V__Kingissepa_nim__kolhoos, lk 59
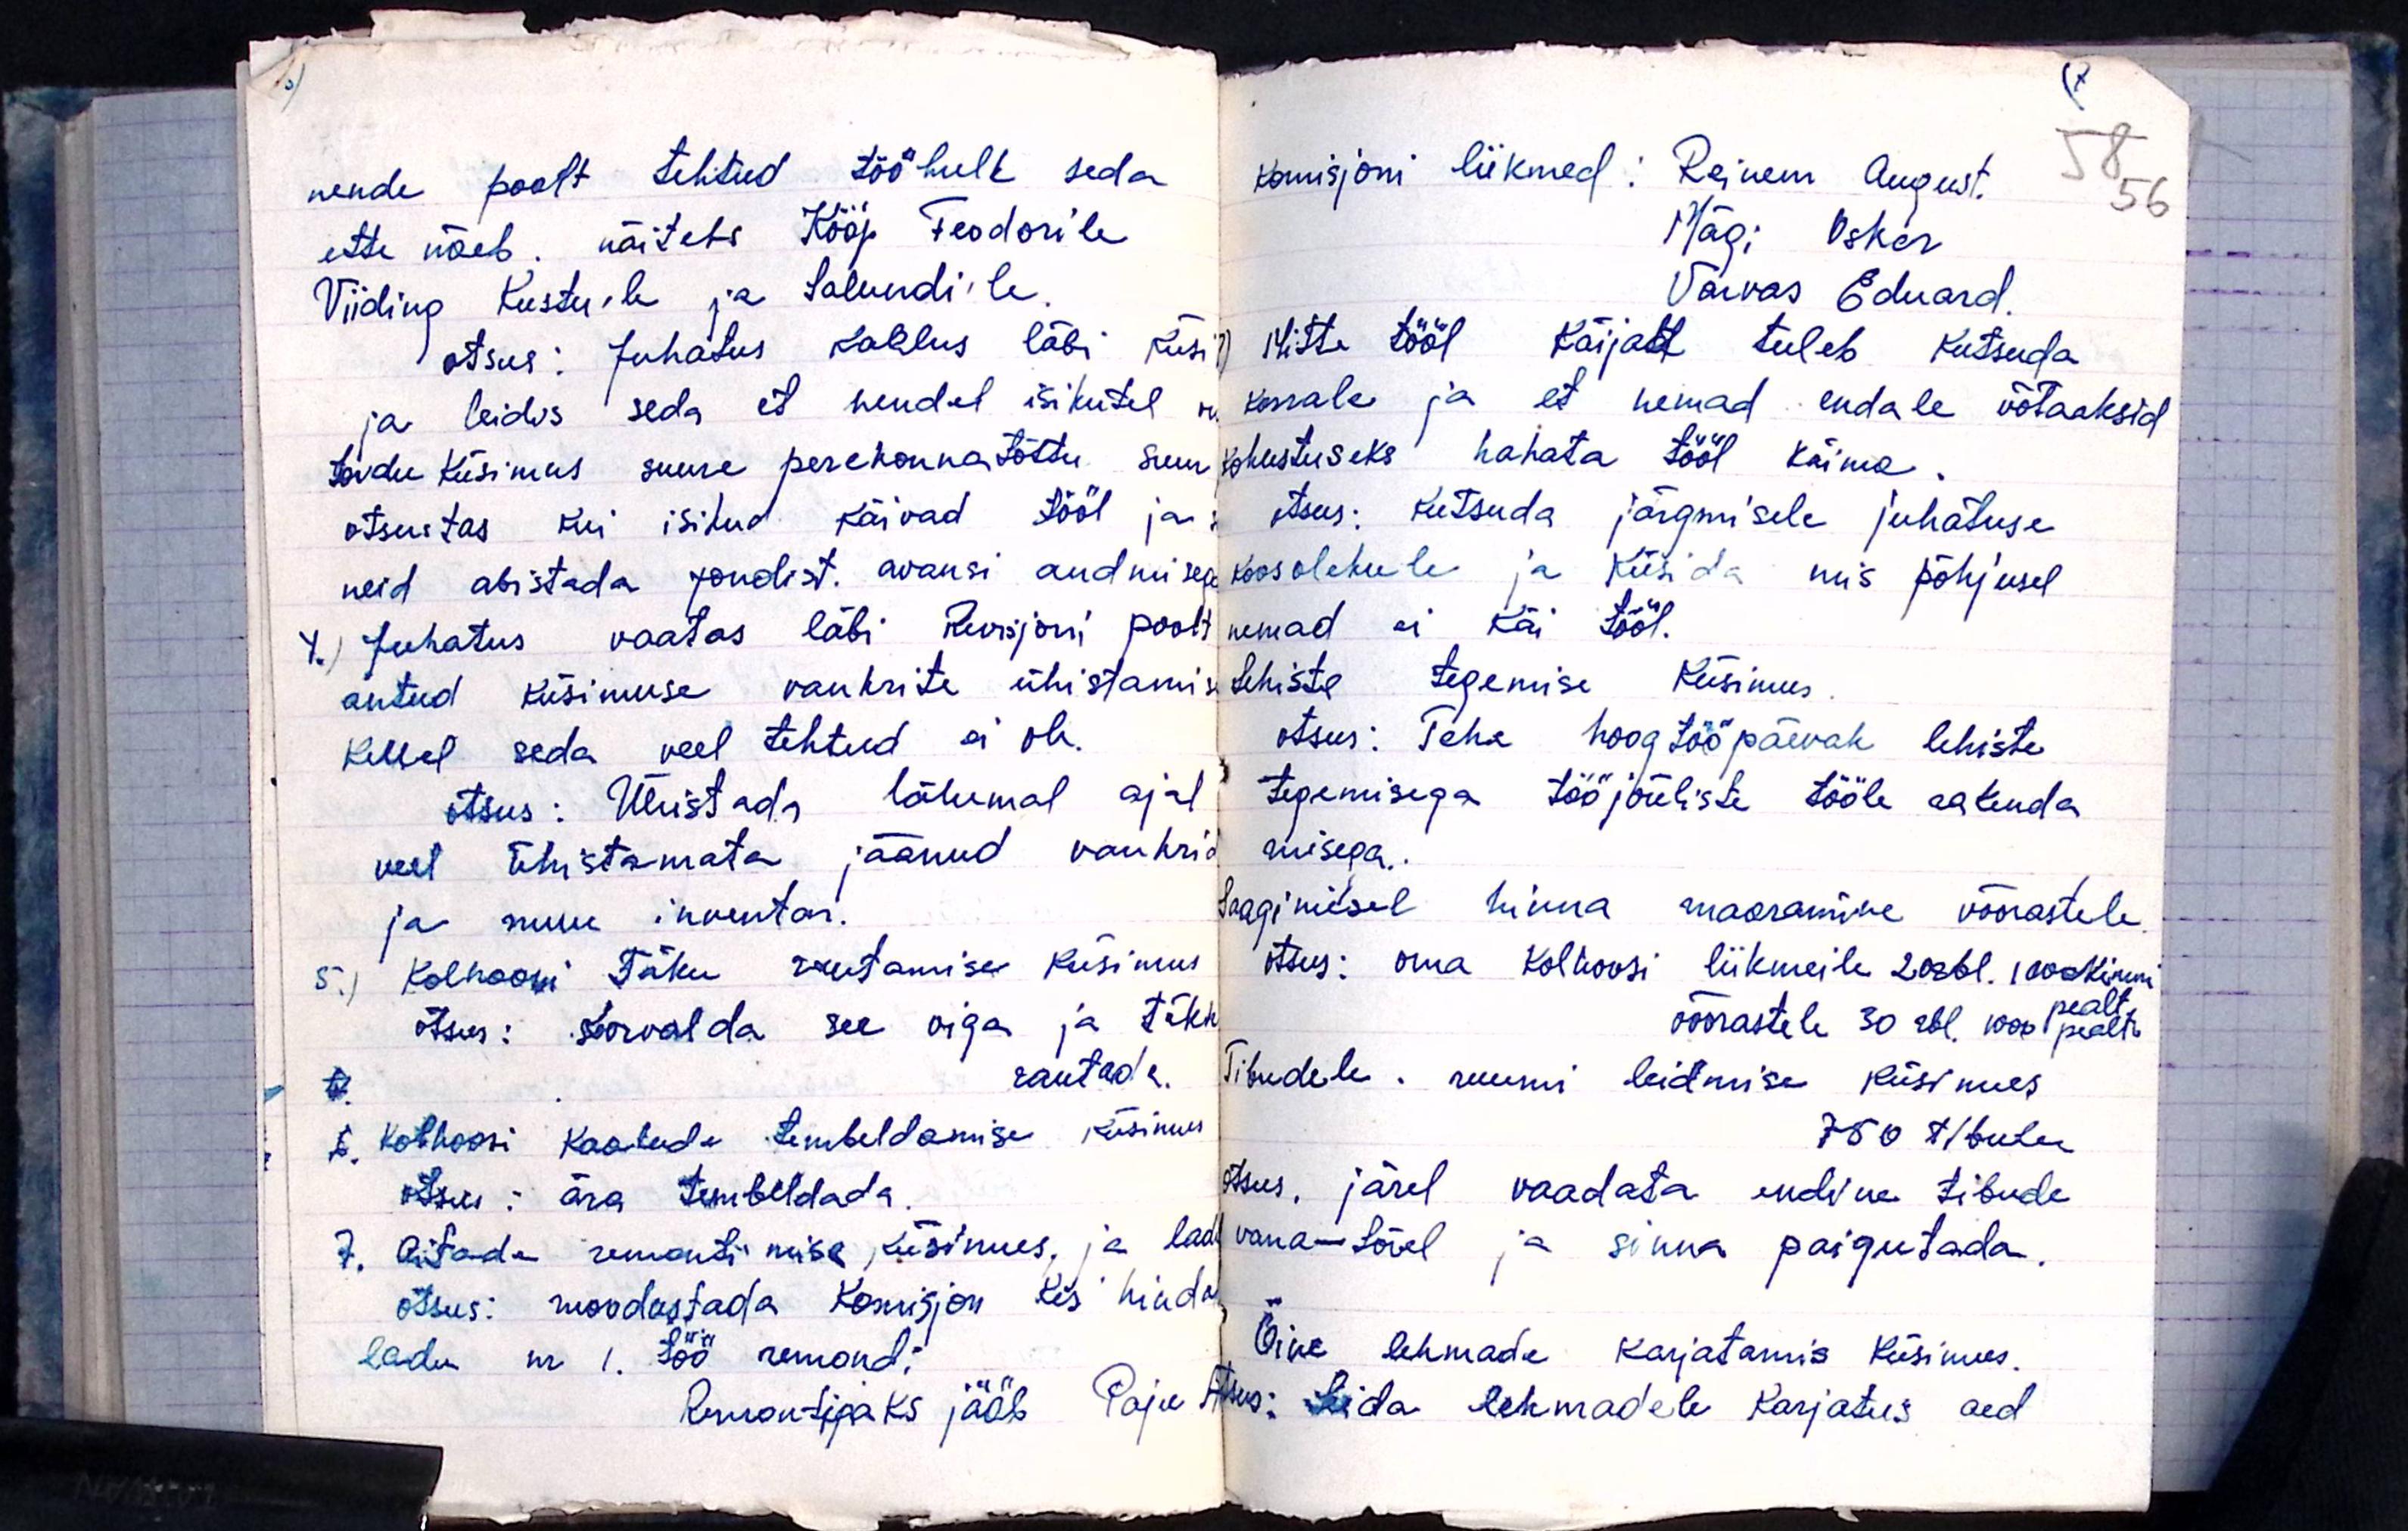
nende poolt tehtud tööhulk seda
ette näeb. näiteks Kööp Feodorile
Viiding Kustu'le ja Salundi'le.
otsus: Juhatus kaalus läbi küsi
ja leidis seda et nendel isikutel
toidu küsimus suure perekonna tõttu suur
otsustas kui isikud käivad tööl ja
neid abistada fondist. avansi andmisega
4.) Juhatus vaatas läbi Revisjoni poolt
antud küsimuse vankrite ühistami
kellel seda veel tehtud ei ole.
otsus: Ühistada lähemal ajal
veel ühistamata jäänud vankrid
ja muu inventar.
5.) Kolhoosi Täku rautamise küsimus
otsus: soorvalda see oiga ja täkk
rautada.
6. Kolhoosi Kaaluda tembeldamise küsimus
otsus: ära tembeldada.
7. Aitade remontimise küsimus, ja lao
otsus: moodustada Komisjon kes hinda
ladu nr 1. töö remondi
Remontijaks jääb Paju

Komisjoni liikmed: Reinem August.
Mägi Oskar
Varvas Eduard.
Mitte tööl Käijalt tuleb Kutsuda
korrale ja et nemad endale võtaaksid
kohustuseks hakata tööl käima.
otsus: kutsuda järgmisele juhatuse
koosolekule ja küsida mis põhjusel
nemad ei käi tööl.
Lehiste tegemise küsimus
otsus: Teha hoogtööpäevak lehiste
tegemisega tööjõuliste tööle rakenda
misega.
Saagimisel hinna maaramine võõrastele.
otsus: oma kolhoosi liikmeile 20rbl. 1000 kinn
pealt
võõrastele 30 rbl. 1000 pealt.
Tibudele: ruumi leidmise küsimus
750 tibulu
otsus. järel vaadata endine tibude
vana-Lõvel ja sinna paigutada.
Öine lehmade karjatamis küsimus.
tsus: Leida lehmadele Karjatus aed